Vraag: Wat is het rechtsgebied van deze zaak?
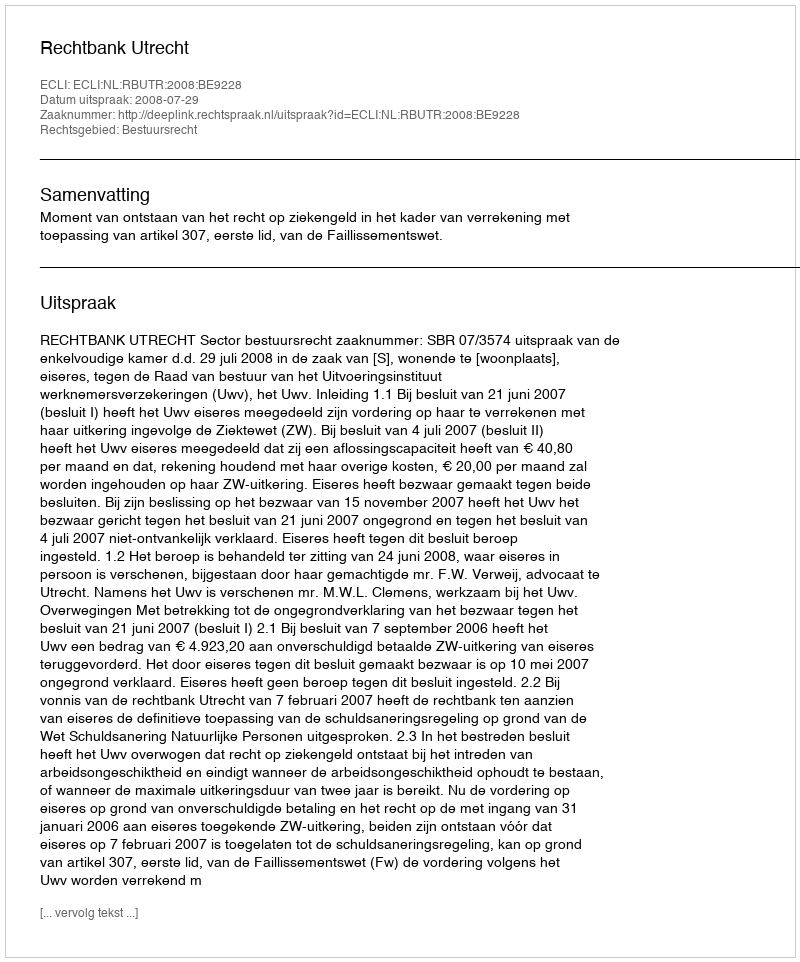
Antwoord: Bestuursrecht